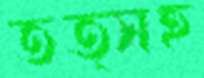
তত্সহ